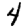
Digit: 4